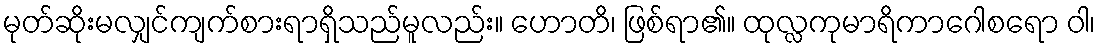
မုတ်ဆိုးမလျှင်ကျက်စားရာရှိသည်မူလည်း။ ဟောတိ၊ ဖြစ်ရာ၏။ ထုလ္လကုမာရိကာဂေါစရော ဝါ၊